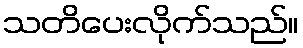
သတိပေးလိုက်သည်။